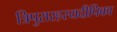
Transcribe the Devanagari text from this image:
त्रिपुरारहस्यदीपिका